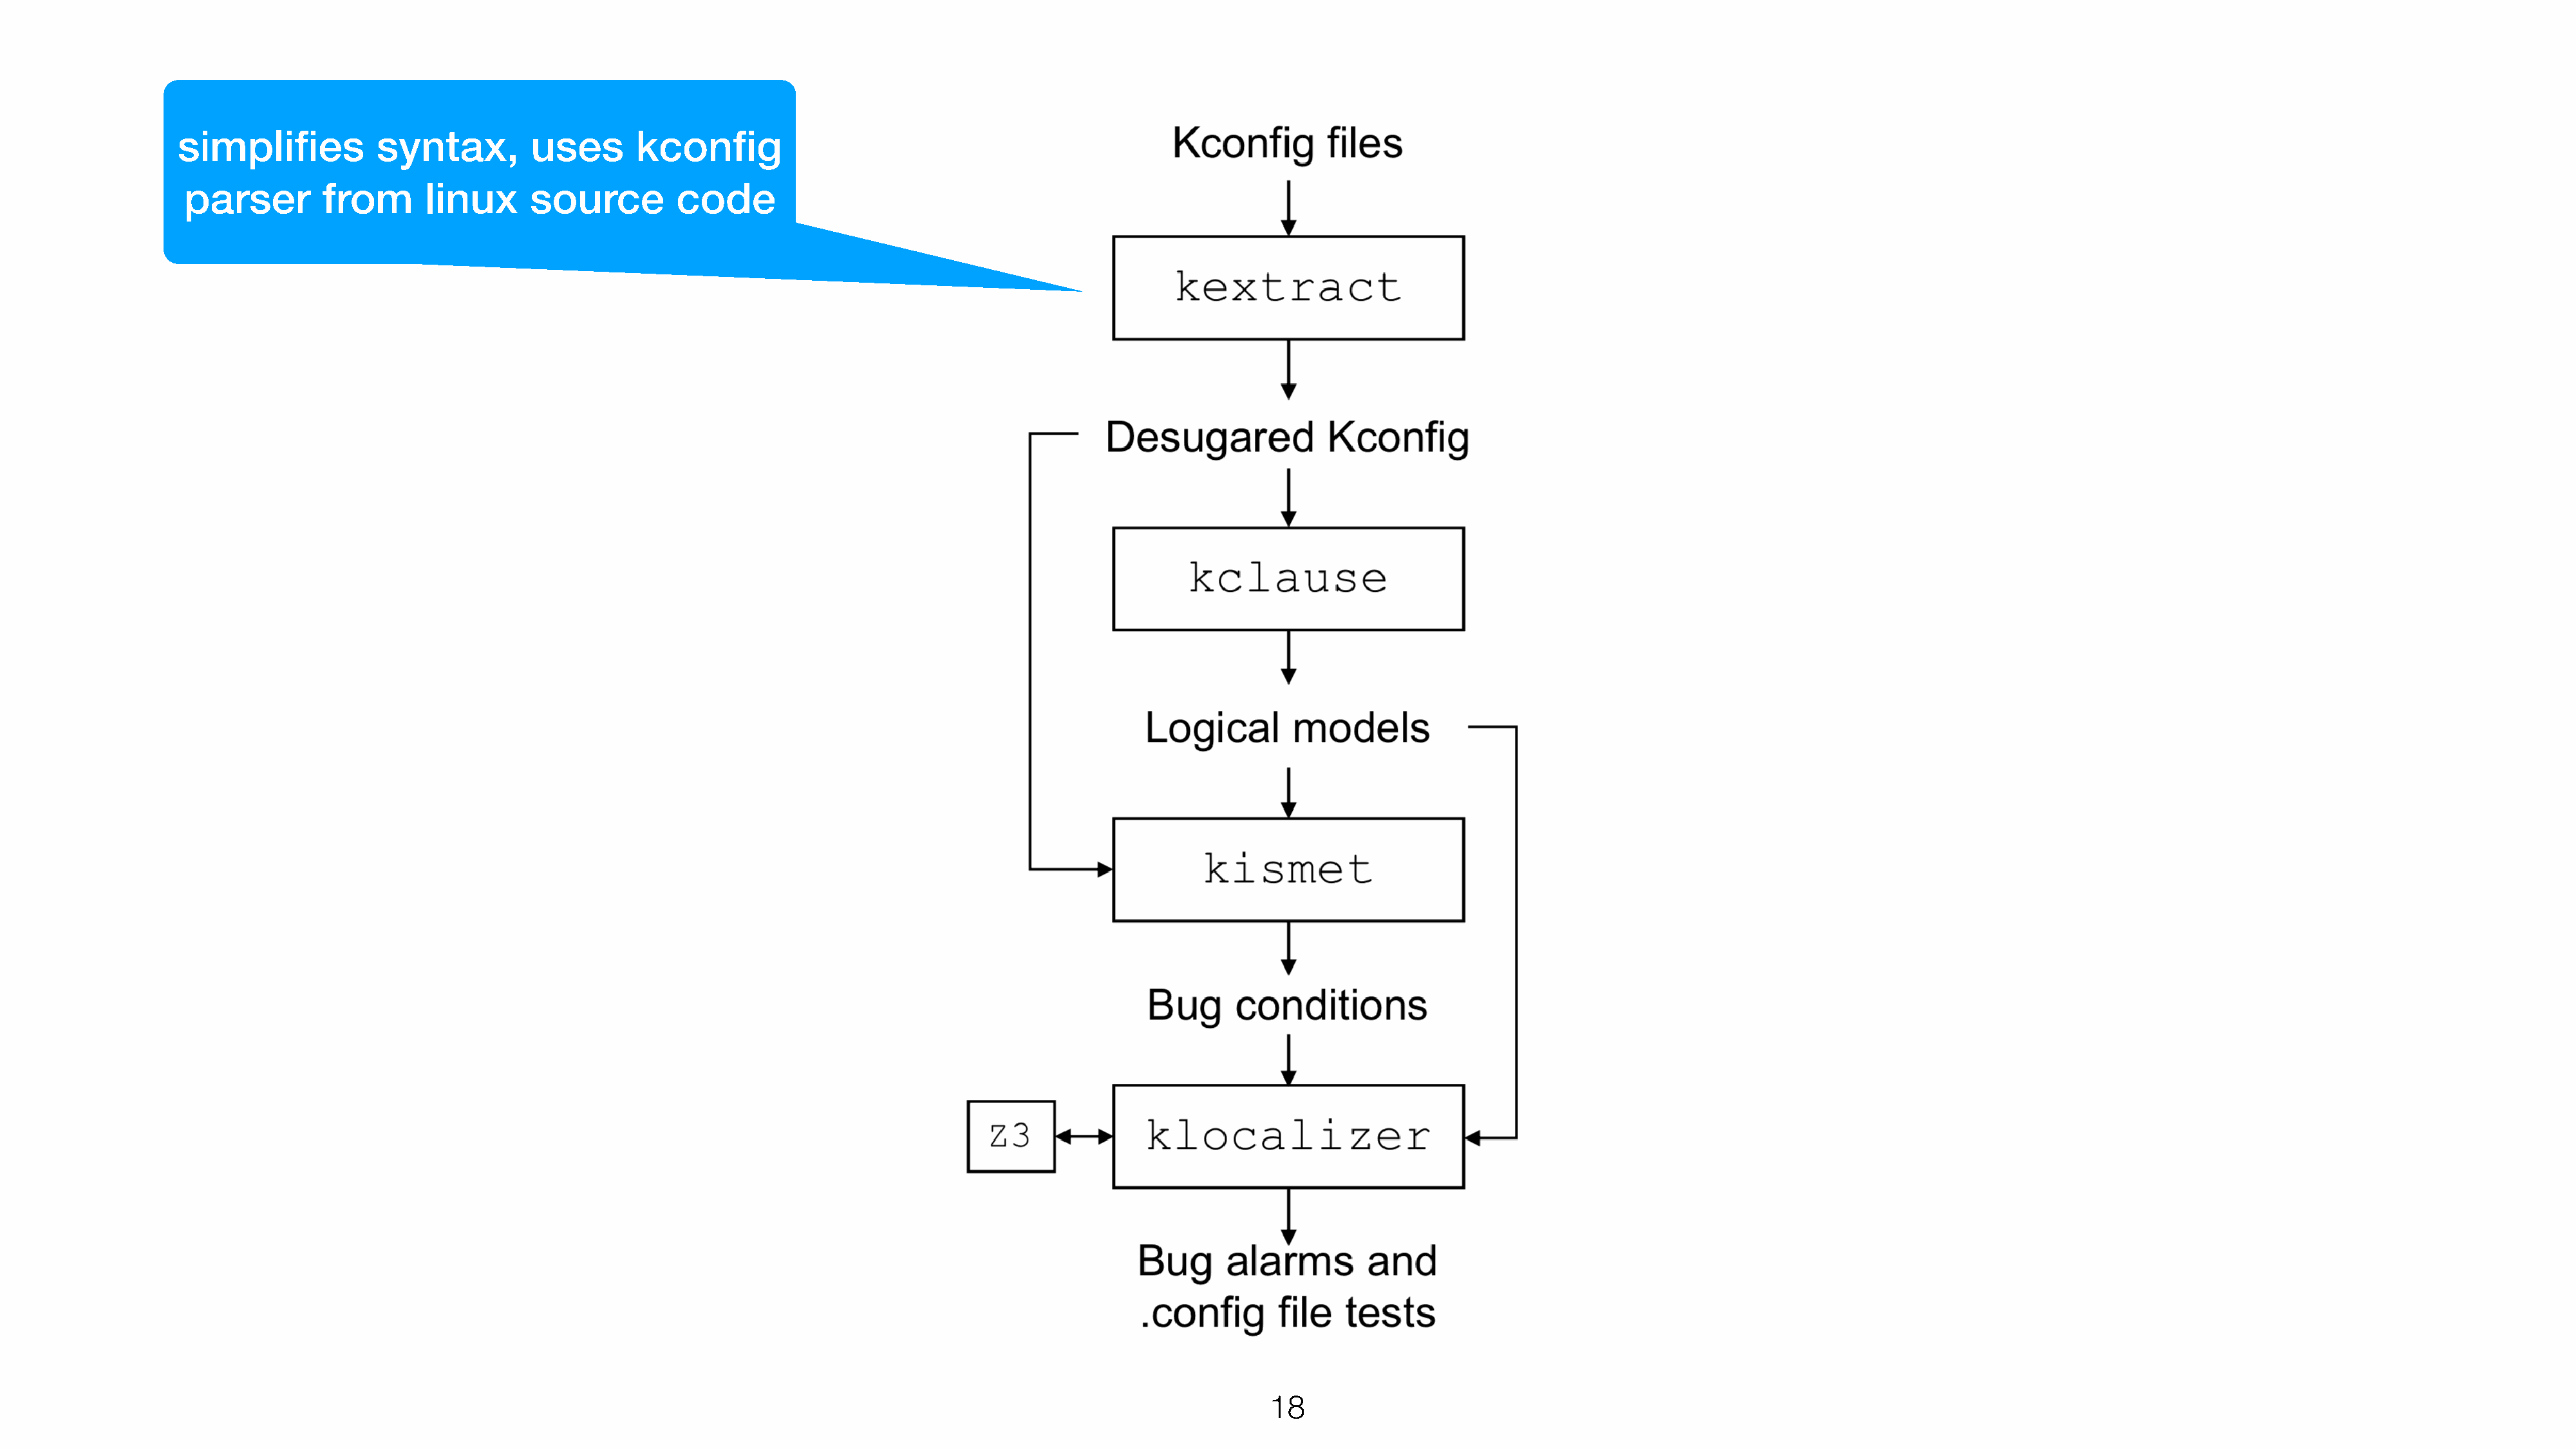
simplifies           syntax,         uses      kconfig
 parser        from       linux     source          code
 18